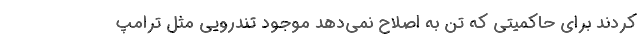
کردند برای حاکمیتی که تن به اصلاح نمی‌دهد موجود تندرویی مثل ترامپ